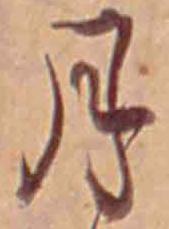
月